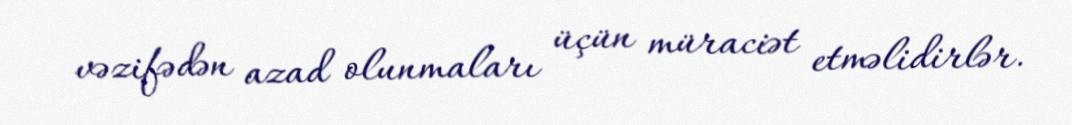
vəzifədən azad olunmaları üçün müraciət etməlidirlər.